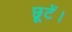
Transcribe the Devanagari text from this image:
छूटें।